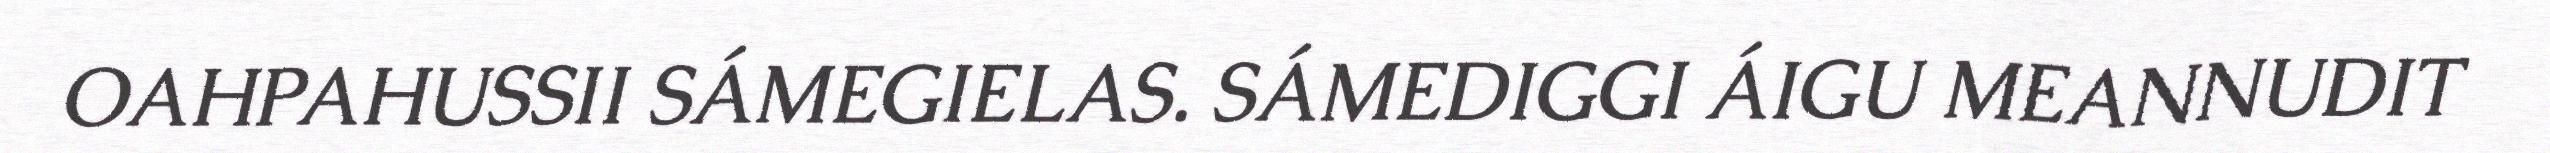
OAHPAHUSSII SÁMEGIELAS. SÁMEDIGGI ÁIGU MEANNUDIT